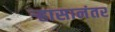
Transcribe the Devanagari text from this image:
र्‍हासानंतर